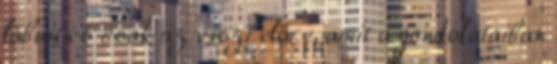
lábait és csak az viszi előre, amit a gondolataiban